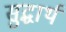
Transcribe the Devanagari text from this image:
सुद्धार्थ